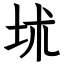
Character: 𡊍